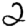
Digit: 2